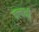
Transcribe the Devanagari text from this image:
क्ल्बनी